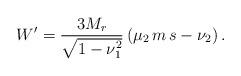
LaTeX: \begin{align*}W'= \frac{3M_r}{\sqrt{1-\nu_1^2}}\left(\mu_2\, m\,s-\nu_2\right).\end{align*}